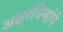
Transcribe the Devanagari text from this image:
अक्षरचिन्हांचे